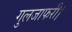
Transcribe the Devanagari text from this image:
गुलजाफरी।